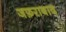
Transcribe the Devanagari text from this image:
जफ़राबाद